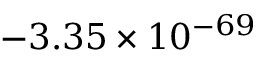
- 3 . 3 5 \times 1 0 ^ { - 6 9 }